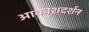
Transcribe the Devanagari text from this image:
आकाशदर्शन